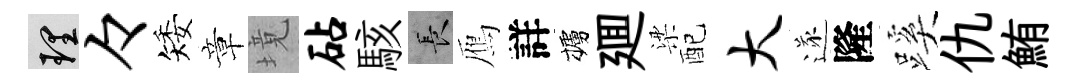
理々矮章境砧駭长鴈詳櫨廽梁配大遂隆蹊仇鮪